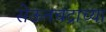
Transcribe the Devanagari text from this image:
सेऊनचंद्राच्या